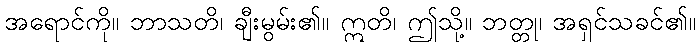
အရောင်ကို။ ဘာသတိ၊ ချီးမွမ်း၏။ ဣတိ၊ ဤသို့။ ဘတ္တု၊ အရှင်သခင်၏။